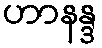
ဟာနန္ဒ